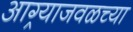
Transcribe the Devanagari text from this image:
आग्र्याजवळच्या